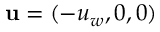
\mathbf { u } = ( - u _ { w } , 0 , 0 )